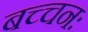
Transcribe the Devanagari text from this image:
बच्चनः